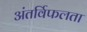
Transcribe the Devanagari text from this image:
अंतर्विफलता